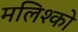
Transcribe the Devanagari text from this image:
मलिश्को